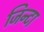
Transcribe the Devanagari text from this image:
जिन्टा